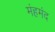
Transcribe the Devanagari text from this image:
मंहमंद